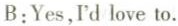
B:Yes,I'd love to.